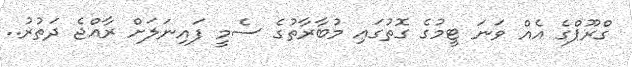
ގްރޫޕްގެ އެއް ވަނަ ޓީމުގެ ގޮތުގައި މުބާރާތުގެ ސެމީ ފައިނަލަށް ރާއްޖެ ދަތުރު..